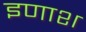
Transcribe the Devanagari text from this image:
इणाश